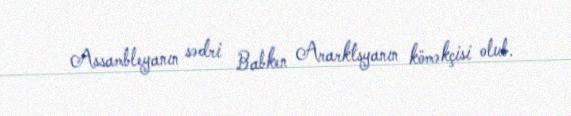
Assambleyanın sədri Babken Ararktsyanın köməkçisi olub.